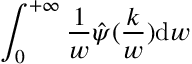
\int _ { 0 } ^ { + \infty } \frac { 1 } { w } \hat { \psi } ( \frac { k } { w } ) \mathrm { d } w